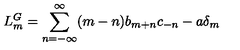
L _ { m } ^ { G } = \sum _ { n = - \infty } ^ { \infty } ( m - n ) b _ { m + n } c _ { - n } - a \delta _ { m }